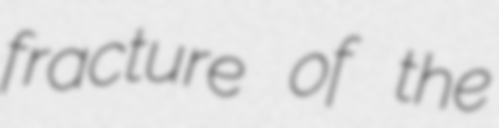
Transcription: fracture of the